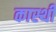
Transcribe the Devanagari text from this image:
कास्थी